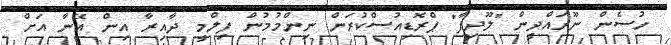
ހުސެން ނޫރައްދީން "ލޫދިފާ" ޕްރޮޑިއުސްކުރަން ނިންމުމުން ފިލްމީ ދާއިރާ އިން އޭނާ އަށް